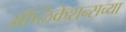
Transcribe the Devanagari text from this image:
ॲप्लिकेशन्सच्या